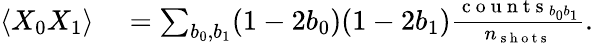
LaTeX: \begin{array}{rl}{\langle X_{0}X_{1}\rangle}&{{}=\sum_{b_{0},b_{1}}(1-2b_{0})(1-2b_{1})\frac{\mathrm{~c~o~u~n~t~s~}_{b_{0}b_{1}}}{n_{\mathrm{~s~h~o~t~s~}}}.}\end{array}